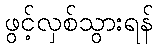
ဖွင့်လှစ်သွားရန်